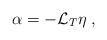
LaTeX: \begin{align*} \alpha=-\mathcal{L}_T\eta\; , \end{align*}